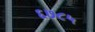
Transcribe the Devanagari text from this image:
६७८५